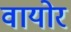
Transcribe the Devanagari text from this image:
वायोर